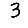
Digit: 3